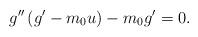
LaTeX: \begin{align*}g^{\prime \prime }\left( g^{\prime }-m_{0}u\right) -m_{0}g^{\prime }=0. \end{align*}